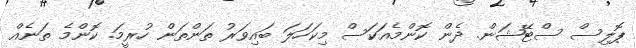
ޕޮލިސް ސްޓޭޝަން. ދެން ކޮންމެއަކަސް މިކަހަލަ ބައިވަރު ތަންތަން ހުރީމަ. ކޮންމެ ތަނެއް